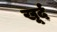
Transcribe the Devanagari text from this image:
खूर्द